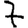
Digit: 7